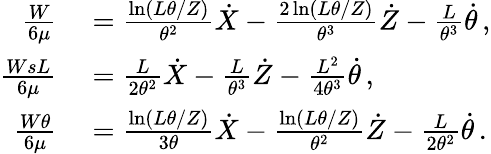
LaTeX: \begin{array}{rl}{\frac{W}{6\mu}}&{{}=\frac{\ln(L\theta/Z)}{\theta^{2}}\dot{X}-\frac{2\ln(L\theta/Z)}{\theta^{3}}\dot{Z}-\frac{L}{\theta^{3}}\dot{\theta}\, ,}\\ {\frac{WsL}{6\mu}}&{{}=\frac{L}{2\theta^{2}}\dot{X}-\frac{L}{\theta^{3}}\dot{Z}-\frac{L^{2}}{4\theta^{3}}\dot{\theta}\, ,}\\ {\frac{W\theta}{6\mu}}&{{}=\frac{\ln(L\theta/Z)}{3\theta}\dot{X}-\frac{\ln(L\theta/Z)}{\theta^{2}}\dot{Z}-\frac{L}{2\theta^{2}}\dot{\theta}\, .}\end{array}